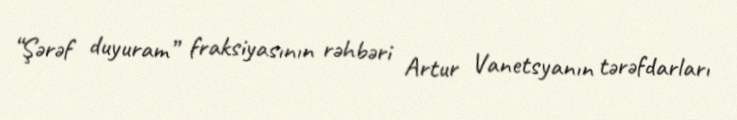
“Şərəf duyuram” fraksiyasının rəhbəri Artur Vanetsyanın tərəfdarları